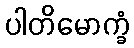
ပါတိမောက္ခံ